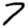
Digit: 7